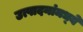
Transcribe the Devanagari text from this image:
उत्पादनांमध्‍ये